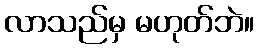
လာသည်မှ မဟုတ်ဘဲ။